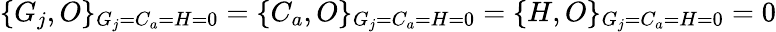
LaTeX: \{ G_{j},O\} _{G_{j}=C_{a}=H=0}=\{ C_{a},O\} _{G_{j}=C_{a}=H=0}=\{ H,O\} _{G_{j}=C_{a}=H=0}=0